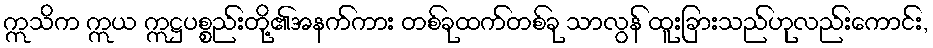
ဣသိက ဣယ ဣဋ္ဌပစ္စည်းတို့၏အနက်ကား တစ်ခုထက်တစ်ခု သာလွန် ထူးခြားသည်ဟုလည်းကောင်း,